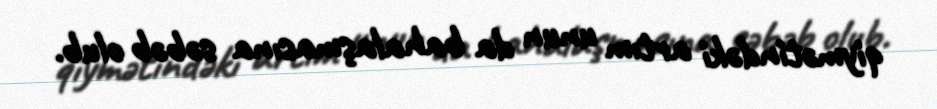
qiymətindəki artım unun da bahalaşmasına səbəb olub.